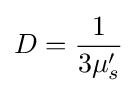
D={\frac {1}{3\mu _{s}^{\prime }}}